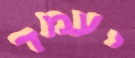
יעמד